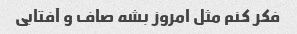
فکر کنم مثل امروز بشه صاف و آفتابی